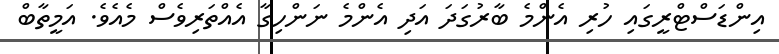
އިންޑަސްޓްރީގައި ހުރި އެންމެ ބާރުގަދަ އަދި އެންމެ ނަންހިގާ އެއްތަރިވެސް މެއެވެ. އަމީތާބް